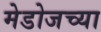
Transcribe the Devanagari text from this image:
मेडोजच्या